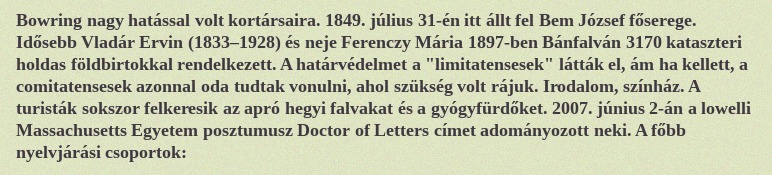
Bowring nagy hatással volt kortársaira. 1849. július 31-én itt állt fel Bem József főserege. Idősebb Vladár Ervin (1833–1928) és neje Ferenczy Mária 1897-ben Bánfalván 3170 kataszteri holdas földbirtokkal rendelkezett. A határvédelmet a "limitatensesek" látták el, ám ha kellett, a comitatensesek azonnal oda tudtak vonulni, ahol szükség volt rájuk. Irodalom, színház. A turisták sokszor felkeresik az apró hegyi falvakat és a gyógyfürdőket. 2007. június 2-án a lowelli Massachusetts Egyetem posztumusz Doctor of Letters címet adományozott neki. A főbb nyelvjárási csoportok: